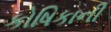
કોષિકાની